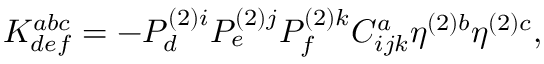
K _ { d e f } ^ { a b c } = - P _ { d } ^ { ( 2 ) i } P _ { e } ^ { ( 2 ) j } P _ { f } ^ { ( 2 ) k } C _ { i j k } ^ { a } \eta ^ { ( 2 ) b } \eta ^ { ( 2 ) c } ,